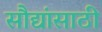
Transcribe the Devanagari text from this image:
सौद्यांसाठी